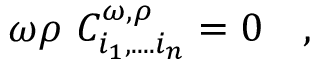
\omega \rho ~ C _ { i _ { 1 } , . . . . i _ { n } } ^ { \omega , \rho } = 0 ~ ~ ~ ,